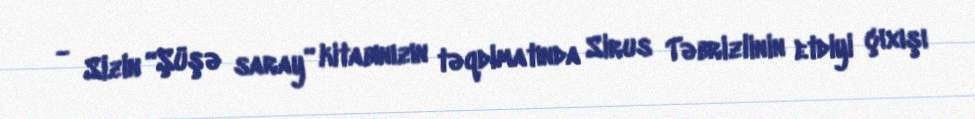
- Sizin “Şüşə saray” kitabınızın təqdimatında Sirus Təbrizlinin etdiyi çıxışı